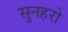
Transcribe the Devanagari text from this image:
सुनहरो